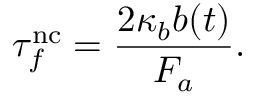
\tau _ { f } ^ { \mathrm { n c } } = \frac { 2 \kappa _ { b } b ( t ) } { F _ { a } } .